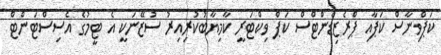
ކަޕްވިނާސް ކަޕާއި ޕްރެޒިޑެންޓްސް ކަޕް ވިކްޓަރީ ކާމިޔާބުކުރިއިރު ސުޒޭނަކީ އެ ޓީމުގެ އެސިސްޓަންޓް